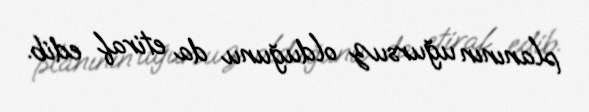
planının uğursuz olduğunu da etiraf edib.